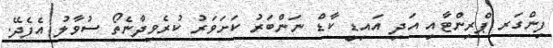
ފިންގަރ ޕްރިންޓާއި އަދި އައިޑީ ކާޑް ނަންބަރު ކަށަވަރު ކުރެވިދާނެތޯ ސުވާލު އެފެދޭ.